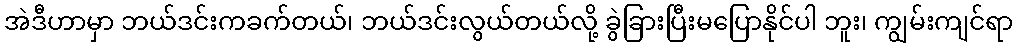
အဲဒီဟာမှာ ဘယ်ဒင်းကခက်တယ်၊ ဘယ်ဒင်းလွယ်တယ်လို့ ခွဲခြားပြီးမပြောနိုင်ပါ ဘူး၊ ကျွမ်းကျင်ရာ